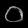
Digit: ၀